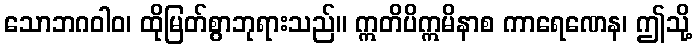
သောဘဂဝါဝ၊ ထိုမြတ်စွာဘုရားသည်။ ဣတိပိဣမိနာစ ကာရေဏေန၊ ဤသို့